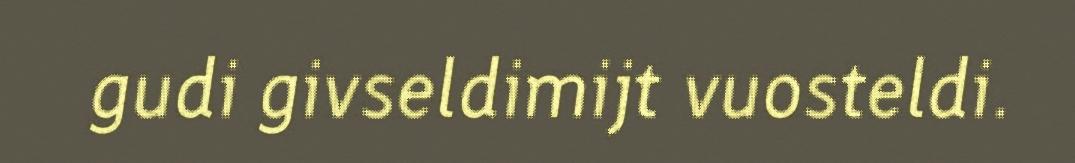
gudi givseldimijt vuosteldi.